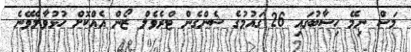
މަސް ނިމޭ ހިސާބުގައި 26 ގައުމުގެ ޝެންގެން ޓްރެވެލް ޒޯން އެއްކޮށް ހުޅުވާލެވޭނެ